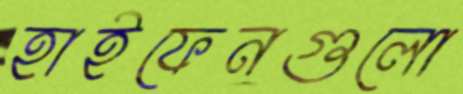
হাইফেনগুলো